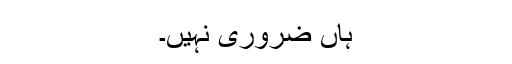
ہاں ضروری نہیں۔